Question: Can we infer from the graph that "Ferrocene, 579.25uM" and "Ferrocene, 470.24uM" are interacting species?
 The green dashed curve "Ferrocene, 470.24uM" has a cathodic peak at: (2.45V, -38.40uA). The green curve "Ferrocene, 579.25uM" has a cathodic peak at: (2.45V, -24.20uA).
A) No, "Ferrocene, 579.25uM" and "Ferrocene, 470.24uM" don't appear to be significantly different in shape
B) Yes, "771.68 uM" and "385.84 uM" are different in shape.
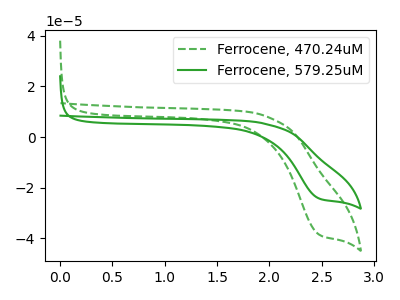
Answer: <think>All the peaks in "Ferrocene, 579.25uM" have a peak in "Ferrocene, 470.24uM" at the same potential. Every peak in "Ferrocene, 579.25uM" is lower than every peak in "Ferrocene, 470.24uM".
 </think>
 <answer>A) No, "Ferrocene, 579.25uM" and "Ferrocene, 470.24uM" don't appear to be significantly different in shape</answer>
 <eval>A</eval>